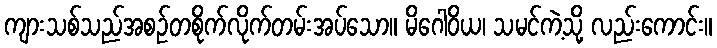
ကျားသစ်သည်အစဉ်တစိုက်လိုက်တမ်းအပ်သော။ မိဂေါဝိယ၊ သမင်ကဲ့သို့ လည်းကောင်း။